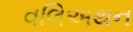
વલિઅથન